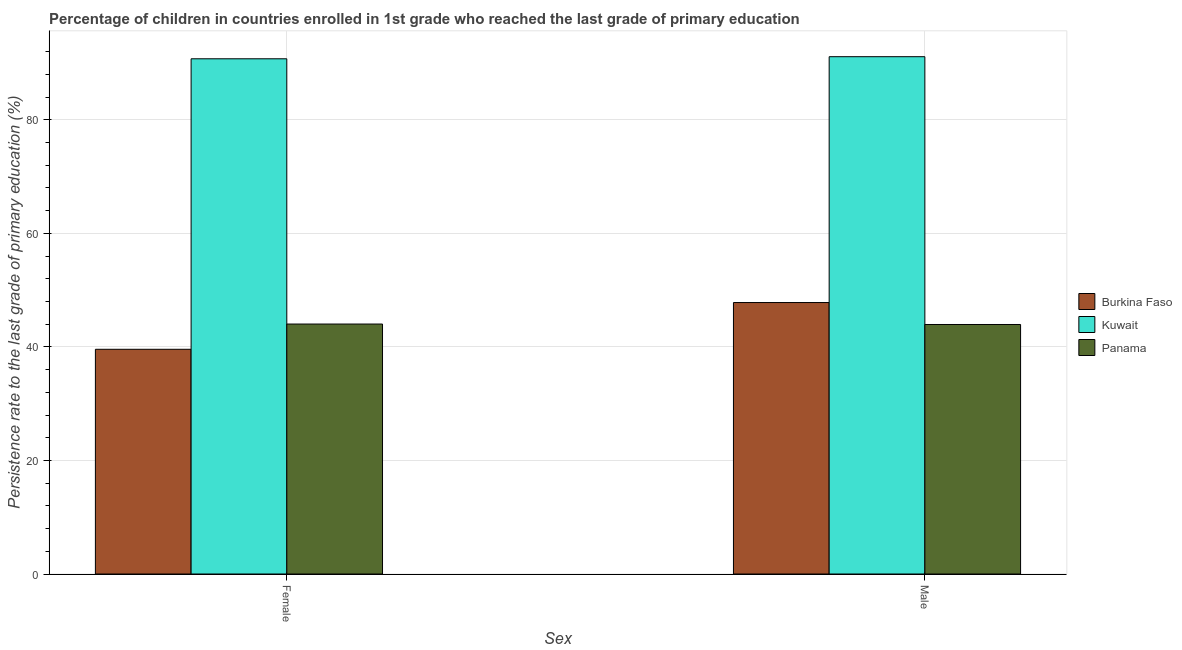
| Sex | Burkina Faso | Kuwait | Panama |
 | --- | --- | --- | --- |
 | Female | 39.6 | 90.7 | 44 |
 | Male | 47.8 | 91.1 | 43.9 |